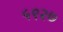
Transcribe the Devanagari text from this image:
५९२७